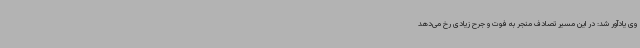
وی یادآور شد: در این مسیر تصادف منجر به فوت و جرح زیادی رخ می‌دهد